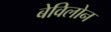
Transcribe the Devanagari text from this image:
बेविलोन